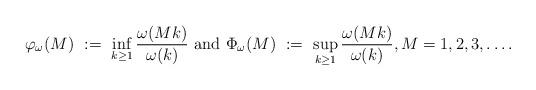
LaTeX: \begin{align*}\varphi_\omega(M) \ :=\ \inf_{k\ge 1} \frac{\omega(Mk)}{\omega(k)} \mbox{ and } \Phi_\omega(M)\ :=\ \sup_{k\ge 1} \frac{\omega(Mk)}{\omega(k)}, M=1,2,3, \ldots.\end{align*}